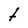
Character: t